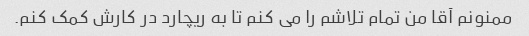
ممنونم آقا من تمام تلاشم را می کنم تا به ریچارد در کارش کمک کنم.